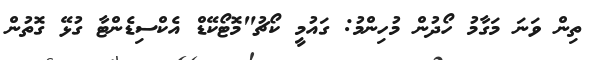
ތިން ވަނަ މަގާމު ހޯދުން މުހިންމު: ގައުމީ ކޯޗު"މޮޓޯކޭޑް އެކްސިޑެންޓާ ގުޅޭ ގޮތުން